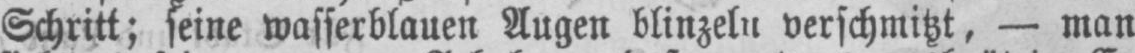
Schritt; seine wasserblauen Augen blinzeln verschmitzt, - man